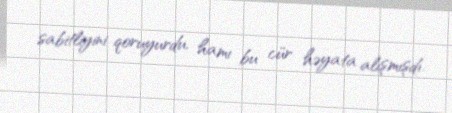
sabitliyini qoruyurdu, hamı bu cür həyata alışmışdı.